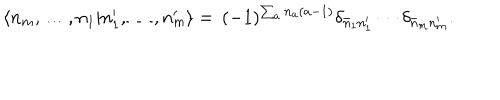
\langle n _ { m } , \ldots , n _ { 1 } | n _ { 1 } ^ { \prime } , \ldots , n _ { m } ^ { \prime } \rangle = \, ( - 1 ) ^ { \sum _ { a } n _ { a } ( a - 1 ) } \delta _ { \bar { n } _ { 1 } n _ { 1 } ^ { \prime } } \cdots \delta _ { \bar { n } _ { m } n _ { m } ^ { \prime } } .